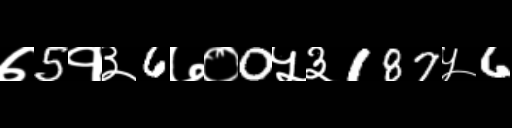
Text: ७5१३6७०0५३187५6